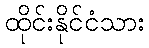
ထိုင်းနိုင်ငံသား